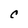
Character: C